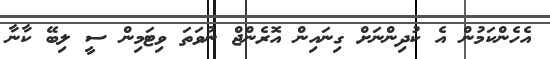
އެހެންކަމުން އެ ކުދިންނަށް ގިނައިން އޮރެންޖް ނުވަތަ ވިޓަމިން ސީ ލިބޭ ކާނާ